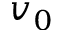
v _ { 0 }